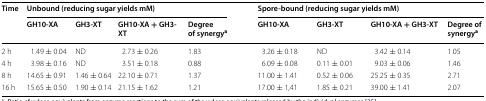
<table><thead><tr><td><b>Time</b></td><td colspan="4"><b>Unbound (reducing sugar yields mM)</b></td><td colspan="4"><b>Spore-bound (reducing sugar yields mM)</b></td></tr><tr><td></td><td><b>GH10-XA</b></td><td><b>GH3-XT</b></td><td><b>GH10-XA + GH3-XT</b></td><td><b>Degree of synergy<sup>a</sup></b></td><td><b>GH10-XA</b></td><td><b>GH3-XT</b></td><td><b>GH10-XA + GH3-XT</b></td><td><b>Degree of synergy<sup>a</sup></b></td></tr></thead><tbody><tr><td>2 h</td><td>1.49 ± 0.04</td><td>ND</td><td>2.73 ± 0.26</td><td>1.83</td><td>3.26 ± 0.18</td><td>ND</td><td>3.42 ± 0.14</td><td>1.05</td></tr><tr><td>4 h</td><td>3.98 ± 0.16</td><td>ND</td><td>3.51 ± 0.18</td><td>0.88</td><td>6.09 ± 0.08</td><td>0.11 ± 0.01</td><td>9.03 ± 0.06</td><td>1.46</td></tr><tr><td>8 h</td><td>14.65 ± 0.91</td><td>1.46 ± 0.64</td><td>22.10 ± 0.71</td><td>1.37</td><td>11.00 ± 1.41</td><td>0.52 ± 0.06</td><td>25.25 ± 0.35</td><td>2.71</td></tr><tr><td>16 h</td><td>15.65 ± 0.50</td><td>1.90 ± 0.14</td><td>21.15 ± 1.62</td><td>1.21</td><td>17.00 ± 1,41</td><td>1.85 ± 0.21</td><td>39.00 ± 1.41</td><td>2.07</td></tr></tbody></table>